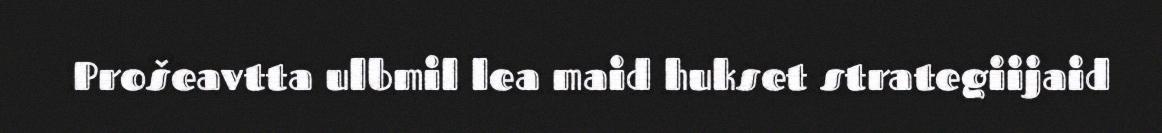
Prošeavtta ulbmil lea maid hukset strategiijaid